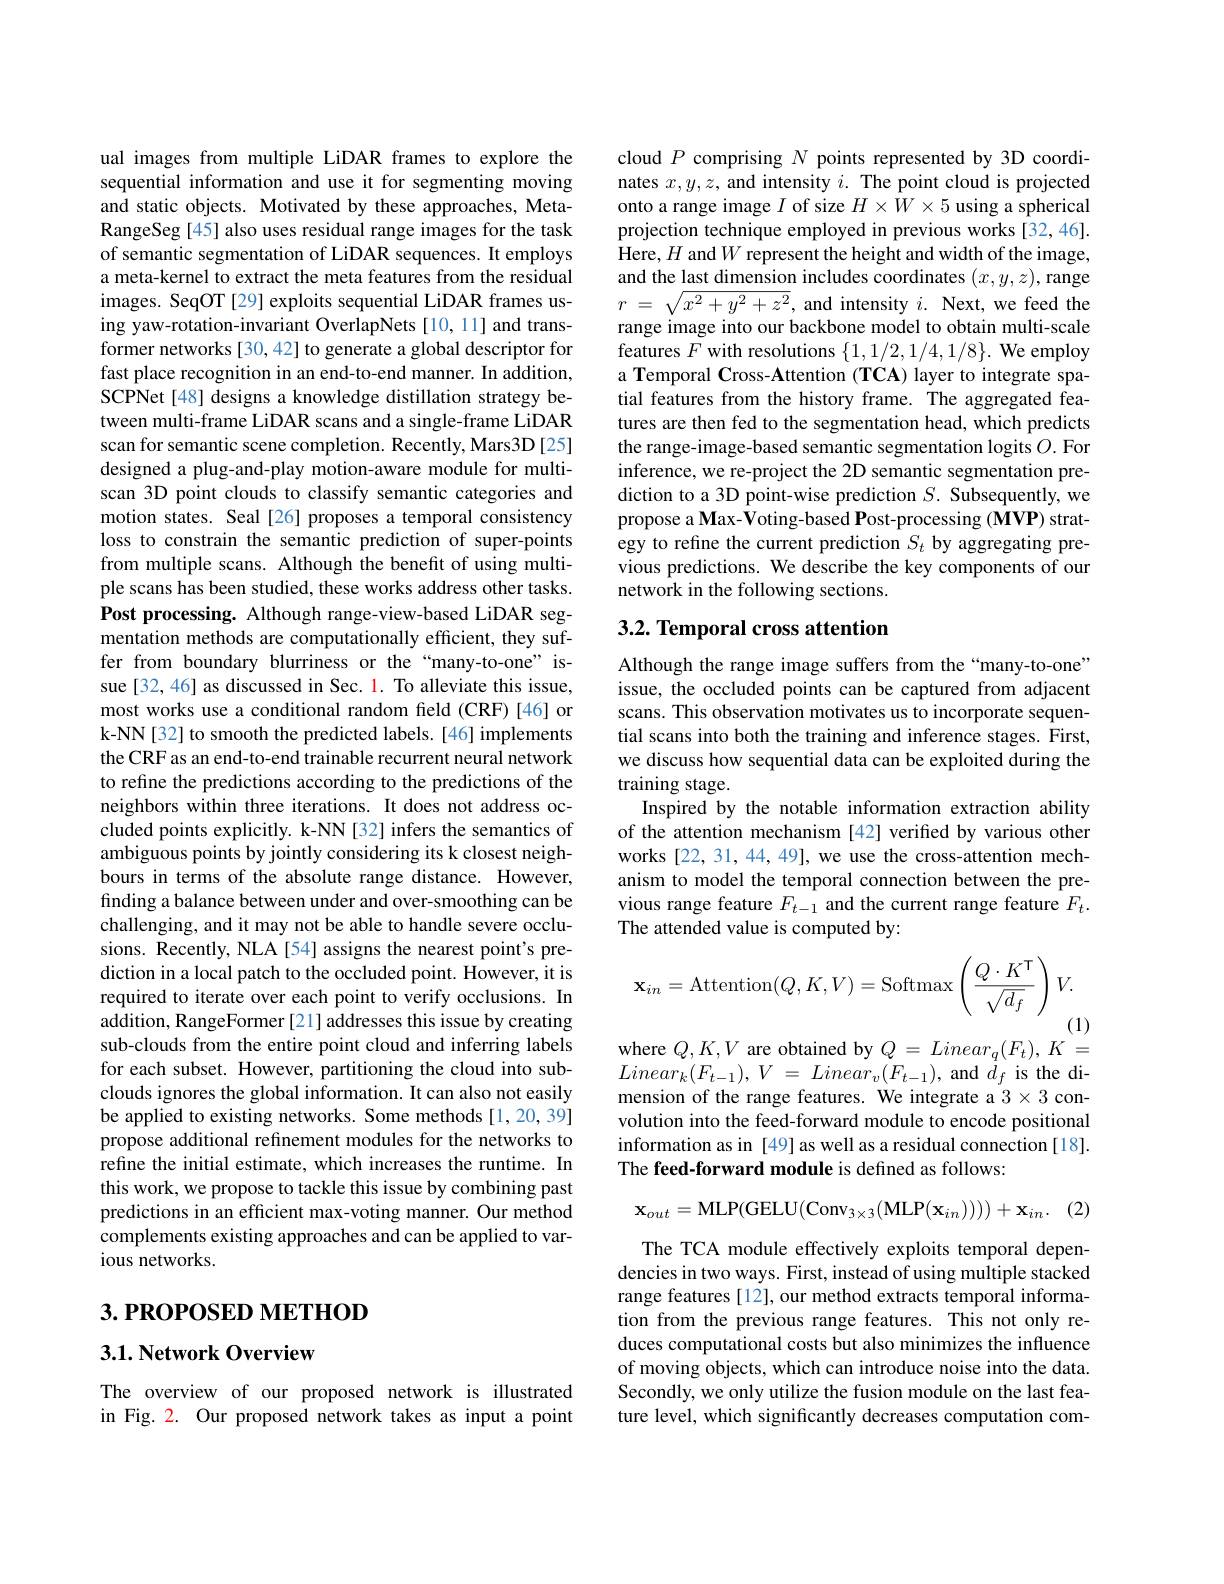
ual images from multiple LiDAR frames to explore the sequential information and use it for segmenting moving and static objects. Motivated by these approaches, MetaRangeSeg [45] also uses residual range images for the task of semantic segmentation of LiDAR sequences. It employs a meta-kernel to extract the meta features from the residual images. SeqOT[29] exploits sequential LiDAR frames using yaw-rotation-invariant OverlapNets [10,11] and transformer networks [30,42] to generate a global descriptor for fast place recognition in an end-to-end manner. In addition, SCPNet[48] designs a knowledge distillation strategy between multi-frame LiDAR scans and a single-frame LiDAR scan for semantic scene completion. Recently, Mars3D[25] designed a plug-and-play motion-aware module for multiscan 3D point clouds to classify semantic categories and motion states. Seal [26] proposes a temporal consistency loss to constrain the semantic prediction of super-points from multiple scans. Although the benefit of using multiple scans has been studied, these works address other tasks. Post processing. Although range-view-based LiDAR segmentation methods are computationally efficient, they suffer from boundary blurriness or the“many-to-one” issue[32,46] as discussed in Sec. 1. To alleviate this issue, most works use a conditional random feld (CRF)[46] or k-NN[32] to smooth the predicted labels. [46] implements the CRF as an end-to-end trainable recurrent neural network to refine the predictions according to the predictions of the neighbors within three iterations. It does not address occluded points explicitly. k-NN[32] infers the semantics of ambiguous points by jointly considering its k closest neighbours in terms of the absolute range distance. However, finding a balance between under and over-smoothing can be challenging, and it may not be able to handle severe occlusions. Recently, NLA [54] assigns the nearest point's prediction in a local patch to the occluded point. However, it is required to iterate over each point to verify occlusions. In addition, RangeFormer[21] addresses this issue by creating sub-clouds from the entire point cloud and inferring labels for each subset. However, partitioning the cloud into subclouds ignores the global information. It can also not easily be applied to existing networks. Some methods [1,20,39] propose additional refinement modules for the networks to refine the initial estimate, which increases the runtime. In this work, we propose to tackle this issue by combining past predictions in an efficient max-voting manner. Our method complements existing approaches and can be applied to various networks.

# 3. РROPOSED METHOD

$3. 1. \textbf{Network Overview}$

The overview of our proposed network is illustrated in Fig. 2. Our proposed network takes as input a point

cloud $P$ comprising $N$ points represented by 3D coordinates $x,y,z$, and intensity $i.$ The point cloud is projected onto a range image $I$ of size $H\times W\times5$ using a spherical projection technique employed in previous works [32,46]. Here, $H$ and $W$ represent the height and width of the image, and the last dimension includes coordinates $(x,y,z)$,range $r$ = $\sqrt {x^2+ y^2+ z^2}$,and intensity $i.$ Next,we feed the range image into our backbone model to obtain multi-scale features $F$ with resolutions $\{1,1/2,1/4,1/8\}.$ We employ a Temporal Cross-Attention (TCA) layer to integrate spatial features from the history frame. The aggregated features are then fed to the segmentation head, which predicts the range-image-based semantic segmentation logits $O.$ For inference, we re-project the 2D semantic segmentation prediction to a 3D point-wise prediction $S.$ Subsequently, we propose a Max- Voting-based Post- processing ( MVP) strategy to refine the current prediction $S_t$ by aggregating previous predictions. We describe the key components of our network in the following sections.

# 3.2. Temporal cross attention

Although the range image suffers from the“many-to-one” issue, the occluded points can be captured from adjacent scans. This observation motivates us to incorporate sequential scans into both the training and inference stages. First, we discuss how sequential data can be exploited during the training stage.
Inspired by the notable information extraction ability of the attention mechanism [42] verified by various other works [22,31,44,49],we use the cross-attention mechanism to model the temporal connection between the previous range feature $F_{t-1}$ and the current range feature $F_t.$ The attended value is computed by:
$$\mathbf{x}_{in}=\mathrm{Attention}(Q,K,V)=\mathrm{Softmax}\left(\frac{Q\cdot K^{\mathsf{T}}}{\sqrt{d_{f}}}\right)V.$$
(1)
where $Q,K,V$ are obtained by $Q=Linear_q(F_t),K=$

$Linear_{k}( F_{t- 1}) , V$ = $Linear_{v}( F_{t- 1}) $,and$d_f$is the dimension of the range features. We integrate a 3× 3 convolution into the feed-forward module to encode positional information as in [49] as well as a residual connection[18]. The feed-forward module is defined as follows:
$$\mathbf{x}_{out}=\mathrm{MLP(GELU(Conv}_{3\times3}(\mathrm{MLP}(\mathbf{x}_{in}))))+\mathbf{x}_{in}.$$
(2)

The TCA module effectively exploits temporal dependencies in two ways. First, instead of using multiple stacked range features[12], our method extracts temporal information from the previous range features. This not only reduces computational costs but also minimizes the influence of moving objects, which can introduce noise into the data. Secondly, we only utilize the fusion module on the last feature level, which significantly decreases computation com-